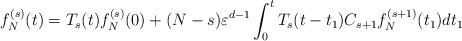
LaTeX: \begin{align*}f_N^{(s)} (t) = T_s (t) f_N^{(s)} (0) +(N-s)\varepsilon^{d-1} \int_0^t T_s (t-t_1) C_{s+1} f_N^{(s+1)} (t_1) dt_1\end{align*}